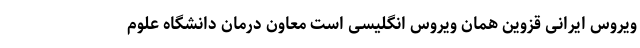
ویروس ایرانی قزوین همان ویروس انگلیسی است معاون درمان دانشگاه علوم